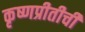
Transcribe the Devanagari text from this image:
कृष्णप्रीतीची